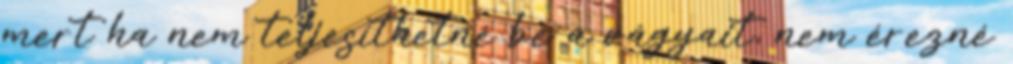
mert ha nem teljesíthetné be a vágyait, nem érezné